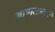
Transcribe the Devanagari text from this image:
आणतात।